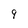
Character: 9